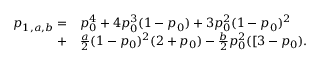
\begin{array} { r l } { p _ { 1 , a , b } = } & { { } p _ { 0 } ^ { 4 } + 4 p _ { 0 } ^ { 3 } ( 1 - p _ { 0 } ) + 3 p _ { 0 } ^ { 2 } ( 1 - p _ { 0 } ) ^ { 2 } } \\ { + } & { { } \frac { a } { 2 } ( 1 - p _ { 0 } ) ^ { 2 } ( 2 + p _ { 0 } ) - \frac { b } { 2 } p _ { 0 } ^ { 2 } ( [ 3 - p _ { 0 } ) . } \end{array}